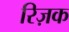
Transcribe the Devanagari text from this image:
रिज़क